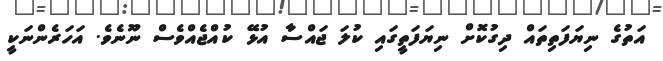
އަތުގެ ނިޔަފަތިތައް ދިގުކޮށް ނިޔަފަތީގައި ކުލަ ޖައްސާ އުޅޭ ކުއްޖެއްވެސް ނޫނެވެ. އަހަރެންނަކީ